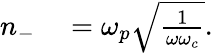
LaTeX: \begin{array}{rl}{n_{-}}&{{}=\omega_{p}\sqrt{\frac{1}{\omega\omega_{c}}}.}\end{array}